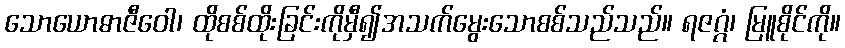
သောယောဓာဇီဝေါ၊ ထိုစစ်ထိုးခြင်းကိုမှီ၍အသက်မွေးသောစစ်သည်သည်။ ရဇဂ္ဂံ၊ မြူစိုင်ကို။